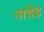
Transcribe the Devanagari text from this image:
नादेड